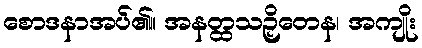
စောဒနာအပ်၏။ အနတ္ထသဉှိတေန၊ အကျိုး